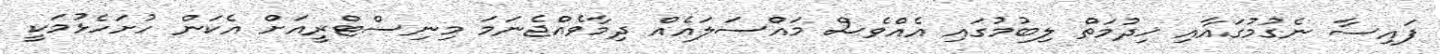
ފައިސާ ނެގުމުގައާއި ޚިދުމަތް ލިބުމުގައި އެއްވެސް މައްސަލައެއް ދިމާވެއްޖެނަމަ މިނިސްޓްރީއަށް އެކަން ހުށަހެޅުމަކީ